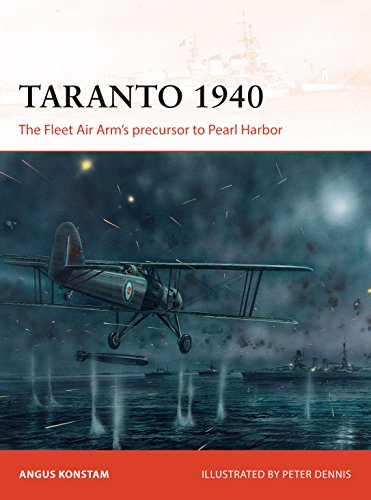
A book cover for Taranto 1940: The Fleet Air Arm's precursor to Pearl Harbor (Campaign); Angus Konstam; History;